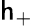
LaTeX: \mathsf{h}_{+}